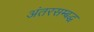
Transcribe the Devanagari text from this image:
अंतरसम्बद्ध